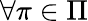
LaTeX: \forall\pi\in\Pi